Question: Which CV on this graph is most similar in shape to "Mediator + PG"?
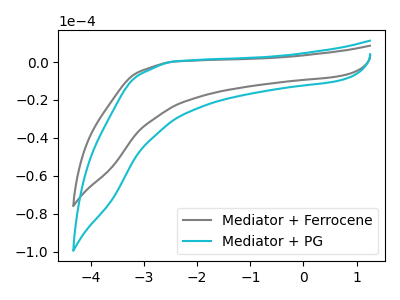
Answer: <think>The gray curve "Mediator + Ferrocene" has no peaks. The cyan curve "Mediator + PG" has no peaks.
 Neither "Mediator + Ferrocene" or "Mediator + PG" have any peaks.</think>
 <answer>The CV with the most similar shape to "Mediator + Ferrocene" is "Mediator + PG".</answer>
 <eval>"Mediator + PG"</eval>